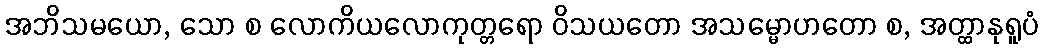
အဘိသမယော, သော စ လောကိယလောကုတ္တရော ဝိသယတော အသမ္မောဟတော စ, အတ္ထာနုရူပံ